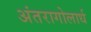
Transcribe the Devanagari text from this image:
अंतरागोलार्ध